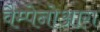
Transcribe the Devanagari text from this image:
वैम्पेनोआग